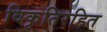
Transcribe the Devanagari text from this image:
विकृतिरहित